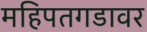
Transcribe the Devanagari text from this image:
महिपतगडावर